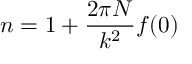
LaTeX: n = 1 + \frac { 2 \pi N } { k ^ { 2 } } f ( 0 )